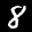
Label: 8